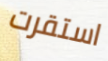
استقرت